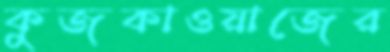
কুজকাওয়াজের